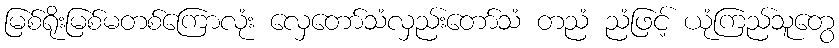
မြစ်ရိုးမြစ်မတစ်ကြောလုံး လှေတော်သံလှည်းတော်သံ တညံ ညံဖြင့် ယုံကြည်သူတွေ